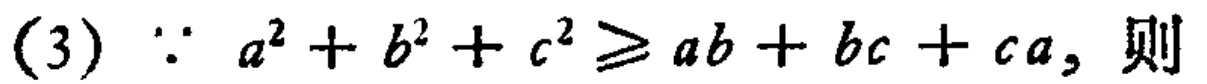
(3) $\because a^{2}+b^{2}+c^{2}\geq ab + bc + ca,$ 则